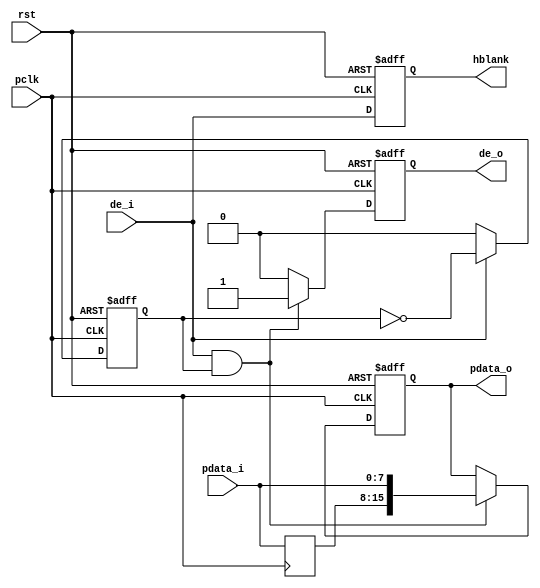
module cmos_8_16bit(
	input              rst,
	input              pclk,
	input [7:0]        pdata_i,
	input              de_i,
	output reg[15:0]   pdata_o,
	output reg         hblank,
	output reg         de_o
);
reg[7:0] pdata_i_d0;
reg x_cnt;
always@(posedge pclk)
begin
	pdata_i_d0 <= pdata_i;
end

always@(posedge pclk or posedge rst)
begin
	if(rst)
		x_cnt <= 0;
	else if(de_i)
		x_cnt <= ~x_cnt ;
	else
		x_cnt <= 0;
end

always@(posedge pclk or posedge rst)
begin
	if(rst)
		de_o <= 1'b0;
	else if(de_i && x_cnt)
		de_o <= 1'b1;
	else
		de_o <= 1'b0;
end

always@(posedge pclk or posedge rst)
begin
	if(rst)
		hblank <= 1'b0;
	else
		hblank <= de_i;
end

always@(posedge pclk or posedge rst)
begin
	if(rst)
		pdata_o <= 16'd0;
	else if(de_i && x_cnt)
		pdata_o <= {pdata_i_d0,pdata_i};
	else
		pdata_o <= pdata_o;
end

endmodule